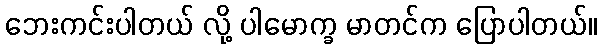
ဘေးကင်းပါတယ် လို့ ပါမောက္ခ မာတင်က ပြောပါတယ်။